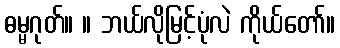
ဓမ္မဂုတ်။ ။ ဘယ်လိုမြင့်ပုံလဲ ကိုယ်တော်။